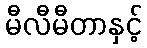
မီလီမီတာနှင့်